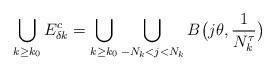
LaTeX: \begin{align*}\bigcup_{k\geq k_0} E_{\delta k}^c = \bigcup_{k\geq k_0}\bigcup_{-N_k< j < N_k} B\big(j\theta, {1\over N_k^\tau}\big)\end{align*}